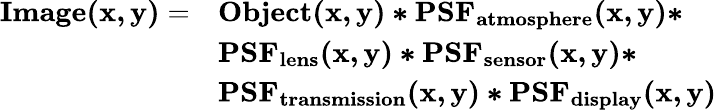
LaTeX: {\begin{array}{rl}{\mathbf{Image(x,y)}=}&{\mathbf{Object(x,y)*PSF_{atmosphere}(x,y)*}}\\ &{\mathbf{PSF_{lens}(x,y)*PSF_{sensor}(x,y)*}}\\ &{\mathbf{PSF_{transmission}(x,y)*PSF_{display}(x,y)}}\end{array}}